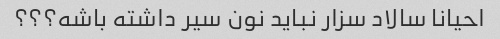
احیانا سالاد سزار نباید نون سیر داشته باشه؟؟؟